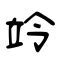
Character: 竛